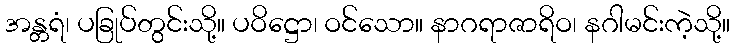
အန္တရံ၊ ပခြုပ်တွင်းသို့။ ပဝိဋ္ဌော၊ ဝင်သော။ နာဂရာဇာရိဝ၊ နဂါမင်းကဲ့သို့။